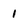
Character: 1